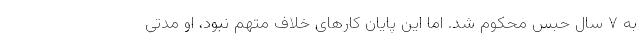
به ۷ سال حبس محکوم شد. اما این پایان کار‌های خلاف متهم نبود، او مدتی